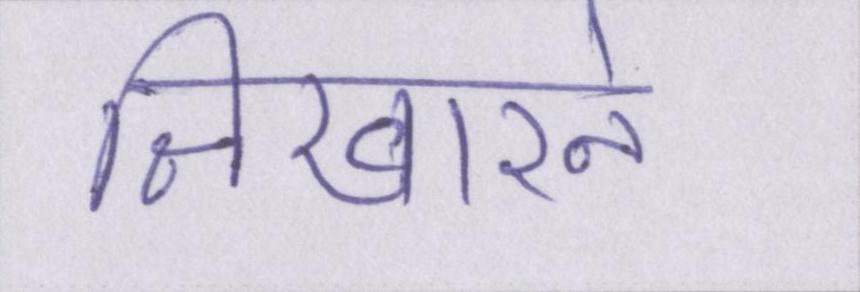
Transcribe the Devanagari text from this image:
निखारने